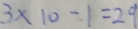
3 \times 1 0 - 1 = 2 9